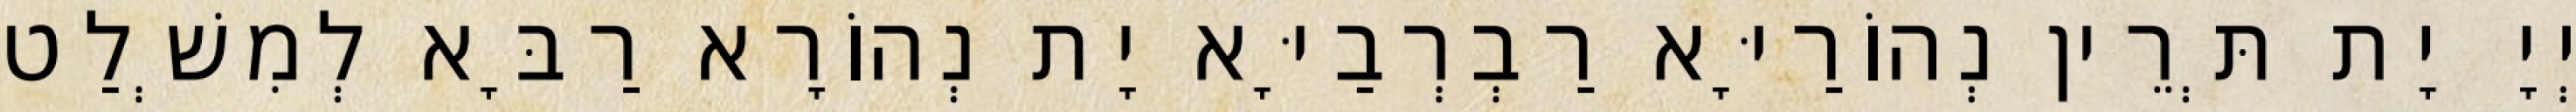
יְיָ יָת תְּרֵין נְהוֹרַיָּא רַבְרְבַיָּא יָת נְהוֹרָא רַבָּא לְמִשְׁלַט